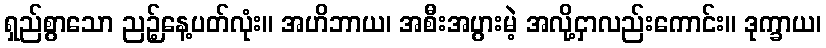
ရှည်စွာသော ညဉ့်နေ့ပတ်လုံး။ အဟိဘာယ၊ အစီးအပွားမဲ့ အလို့ငှာလည်းကောင်း။ ဒုက္ခာယ၊